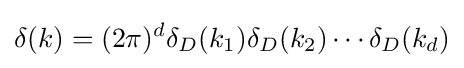
\delta (k)=(2\pi )^{d}\delta _{D}(k_{1})\delta _{D}(k_{2})\cdots \delta _{D}(k_{d})